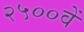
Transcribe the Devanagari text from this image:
२५००वें